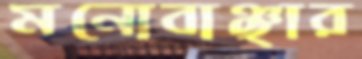
মনোবাঞ্ছার